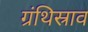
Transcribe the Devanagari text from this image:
ग्रंथिस्राव